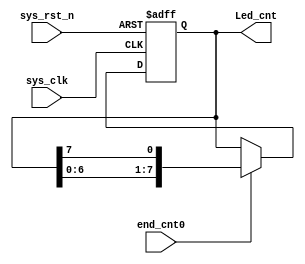
/*****************************************************
	 
	2023/11/21    1s
*****************************************************/
module  cen
#(
//****************************************************//

//50M
    parameter CNT_MAX = 26'd50_000_000 
	 
//****************************************************//
)
(
    input   wire            sys_clk     ,   //,50MHz
    input   wire            sys_rst_n   ,   //,
    input   wire            end_cnt0    ,

	output  reg    [7:0]    Led_cnt		

);






//********************************************************************//
//***************************** Main Code ****************************//
//********************************************************************//

//Led_cnt:
always @(posedge sys_clk or negedge sys_rst_n)begin
    if(!sys_rst_n)begin  
        Led_cnt <= 8'b1111_1110;
    end
    else if(end_cnt0)	//1s
	
            Led_cnt <={Led_cnt[6:0],Led_cnt[7]};   
		 else
            Led_cnt <= Led_cnt;
end


endmodule